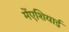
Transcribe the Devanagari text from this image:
मेंएशियाई